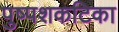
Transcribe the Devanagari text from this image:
पुष्पशकटिका